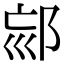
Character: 𨚳